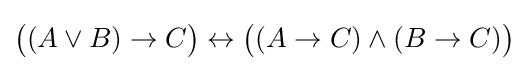
{\big (}(A\lor B)\to C{\big )}\leftrightarrow {\big (}(A\to C)\land (B\to C){\big )}